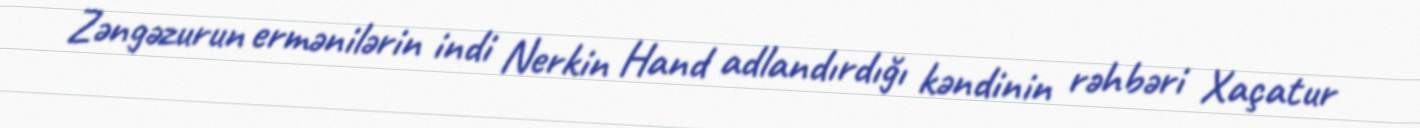
Zəngəzurun ermənilərin indi Nerkin Hand adlandırdığı kəndinin rəhbəri Xaçatur